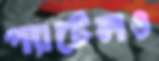
প্যাটেলও